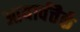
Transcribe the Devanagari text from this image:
आयार्वत्तैर्क